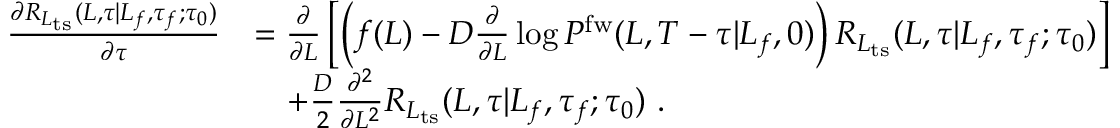
\begin{array} { r l } { \frac { \partial R _ { L _ { \mathrm { t s } } } ( L , \tau | L _ { f } , \tau _ { f } ; \tau _ { 0 } ) } { \partial \tau } } & { = \frac { \partial } { \partial L } \left[ \left( f ( L ) - D \frac { \partial } { \partial L } \log P ^ { \mathrm { f w } } ( L , T - \tau | L _ { f } , 0 ) \right) R _ { L _ { \mathrm { t s } } } ( L , \tau | L _ { f } , \tau _ { f } ; \tau _ { 0 } ) \right] } \\ & { \ \ \ + \frac { D } { 2 } \frac { \partial ^ { 2 } } { \partial L ^ { 2 } } R _ { L _ { \mathrm { t s } } } ( L , \tau | L _ { f } , \tau _ { f } ; \tau _ { 0 } ) \ . } \end{array}